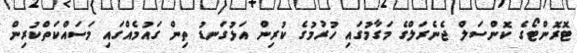
ޓޮރޮންޓޯގެ ކޮންސަލް ޖެނެރަލްގެ މަގާމުގައި ހުރުމުގެ ކުރިން އަޅުގަނޑު ތިން ގައުމެއްގައި މަސައްކަތްކުރިން